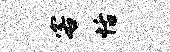
客恬